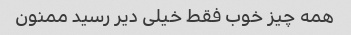
همه چیز خوب فقط خیلی دیر رسید ممنون